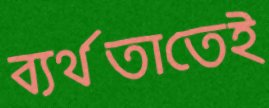
ব্যর্থতাতেই